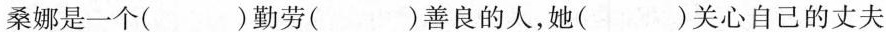
桑娜是一个( )勤劳( )善良的人，她( )关心自己的丈夫